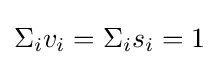
\Sigma _{i}v_{i}=\Sigma _{i}s_{i}=1